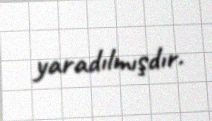
yaradılmışdır.